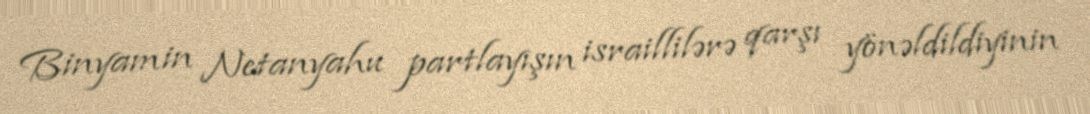
Binyamin Netanyahu partlayışın israillilərə qarşı yönəldildiyinin